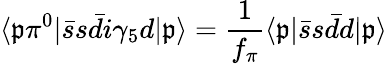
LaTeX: \langle\mathfrak{p}\pi^{0}|\bar{{s}}s\bar{{d}}i\gamma_{5}d|\mathfrak{p}\rangle=\frac{{1}}{{f_{\pi}}}\langle\mathfrak{p}|\bar{{s}}s\bar{{d}}d|\mathfrak{p}\rangle